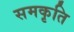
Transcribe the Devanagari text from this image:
समकृति